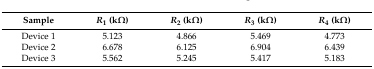
<table><thead><tr><td><b>Sample</b></td><td><b><i>R</i><sub>1</sub> (kΩ)</b></td><td><b><i>R</i><sub>2</sub> (kΩ)</b></td><td><b><i>R</i><sub>3</sub> (kΩ)</b></td><td><b><i>R</i><sub>4</sub> (kΩ)</b></td></tr></thead><tbody><tr><td>Device 1</td><td>5.123</td><td>4.866</td><td>5.469</td><td>4.773</td></tr><tr><td>Device 2</td><td>6.678</td><td>6.125</td><td>6.904</td><td>6.439</td></tr><tr><td>Device 3</td><td>5.562</td><td>5.245</td><td>5.417</td><td>5.183</td></tr></tbody></table>